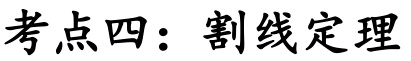
考点四：割线定理